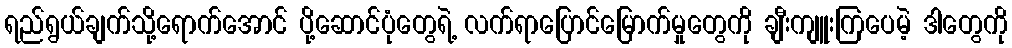
ရည်ရွယ်ချက်သို့ရောက်အောင် ပို့ဆောင်ပုံတွေရဲ့ လက်ရာပြောင်မြောက်မှုတွေကို ချီးကျူးကြပေမဲ့ ဒါတွေကို